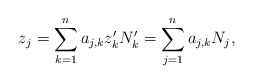
\begin{align*}z_j = \sum_{k=1}^n a_{j,k} z_k' N_k' = \sum_{j=1}^n a_{j,k} N_j,\end{align*}